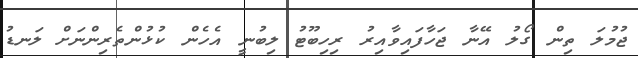
ޖުމުލަ ތިން ގޯލު އޭނާ ޖަހާފައިވާއިރު ރިހިބޫޓު ލިބުނީ އެހެން ކުޅުންތެރިންނަށް ލަނޑު